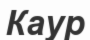
Каур